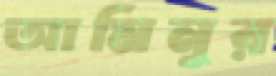
আমিনুর